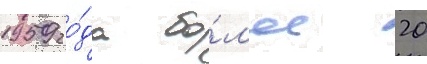
1959 го́да бо́л'ее 20